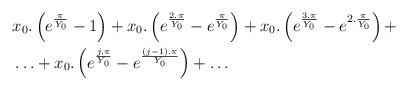
LaTeX: \begin{align*}&x_0.\left(e^{\frac{\pi }{Y_0}}-1\right)+x_0.\left(e^{\frac{2.\pi }{Y_0}}-e^{\frac{\pi }{Y_0}}\right)+x_0.\left(e^{\frac{3.\pi }{Y_0}}-e^{2.\frac{\pi }{Y_0}}\right)+\\&\ldots +x_0.\left(e^{\frac{j.\pi }{Y_0}}-e^{\frac{(j-1).\pi }{Y_0}}\right)+\ldots \end{align*}